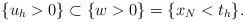
LaTeX: \begin{align*}\{u_h > 0\} \subset \{w > 0\} = \{x_N < t_h\}.\end{align*}